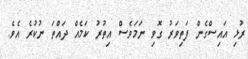
ރުޅި އައިސްގެން ފަތިވަރު ގޮވި ނަމަވެސް އިތުރު ކަމެއް ދައްތަ ނުކުރެ އެވެ.